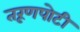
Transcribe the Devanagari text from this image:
तरूणपोटी